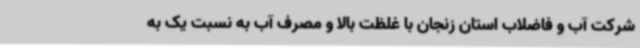
شرکت آب و فاضلاب استان زنجان با غلظت بالا و مصرف آب به نسبت یک به